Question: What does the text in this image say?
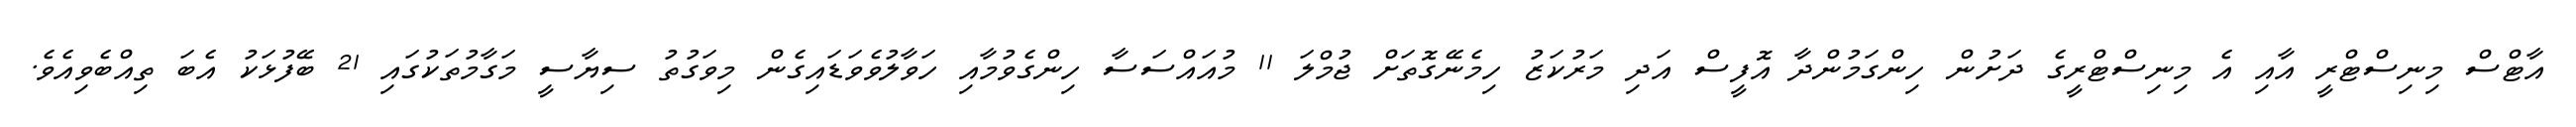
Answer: އާޓްސް މިނިސްޓްރީ އާއި އެ މިނިސްޓްރީގެ ދަށުން ހިންގަމުންދާ އޮފީސް އަދި މަރުކަޒު ހިމެނޭގޮތަށް ޖުމްލަ 11 މުއައްސަސާ ހިންގެވުމާއި ހަވާލުވެވަޑައިގެން މިވަގުތު ސިޔާސީ މަގާމުތަކުގައި 21 ބޭފުޅަކު އެބަ ތިއްބެވިއެވެ.